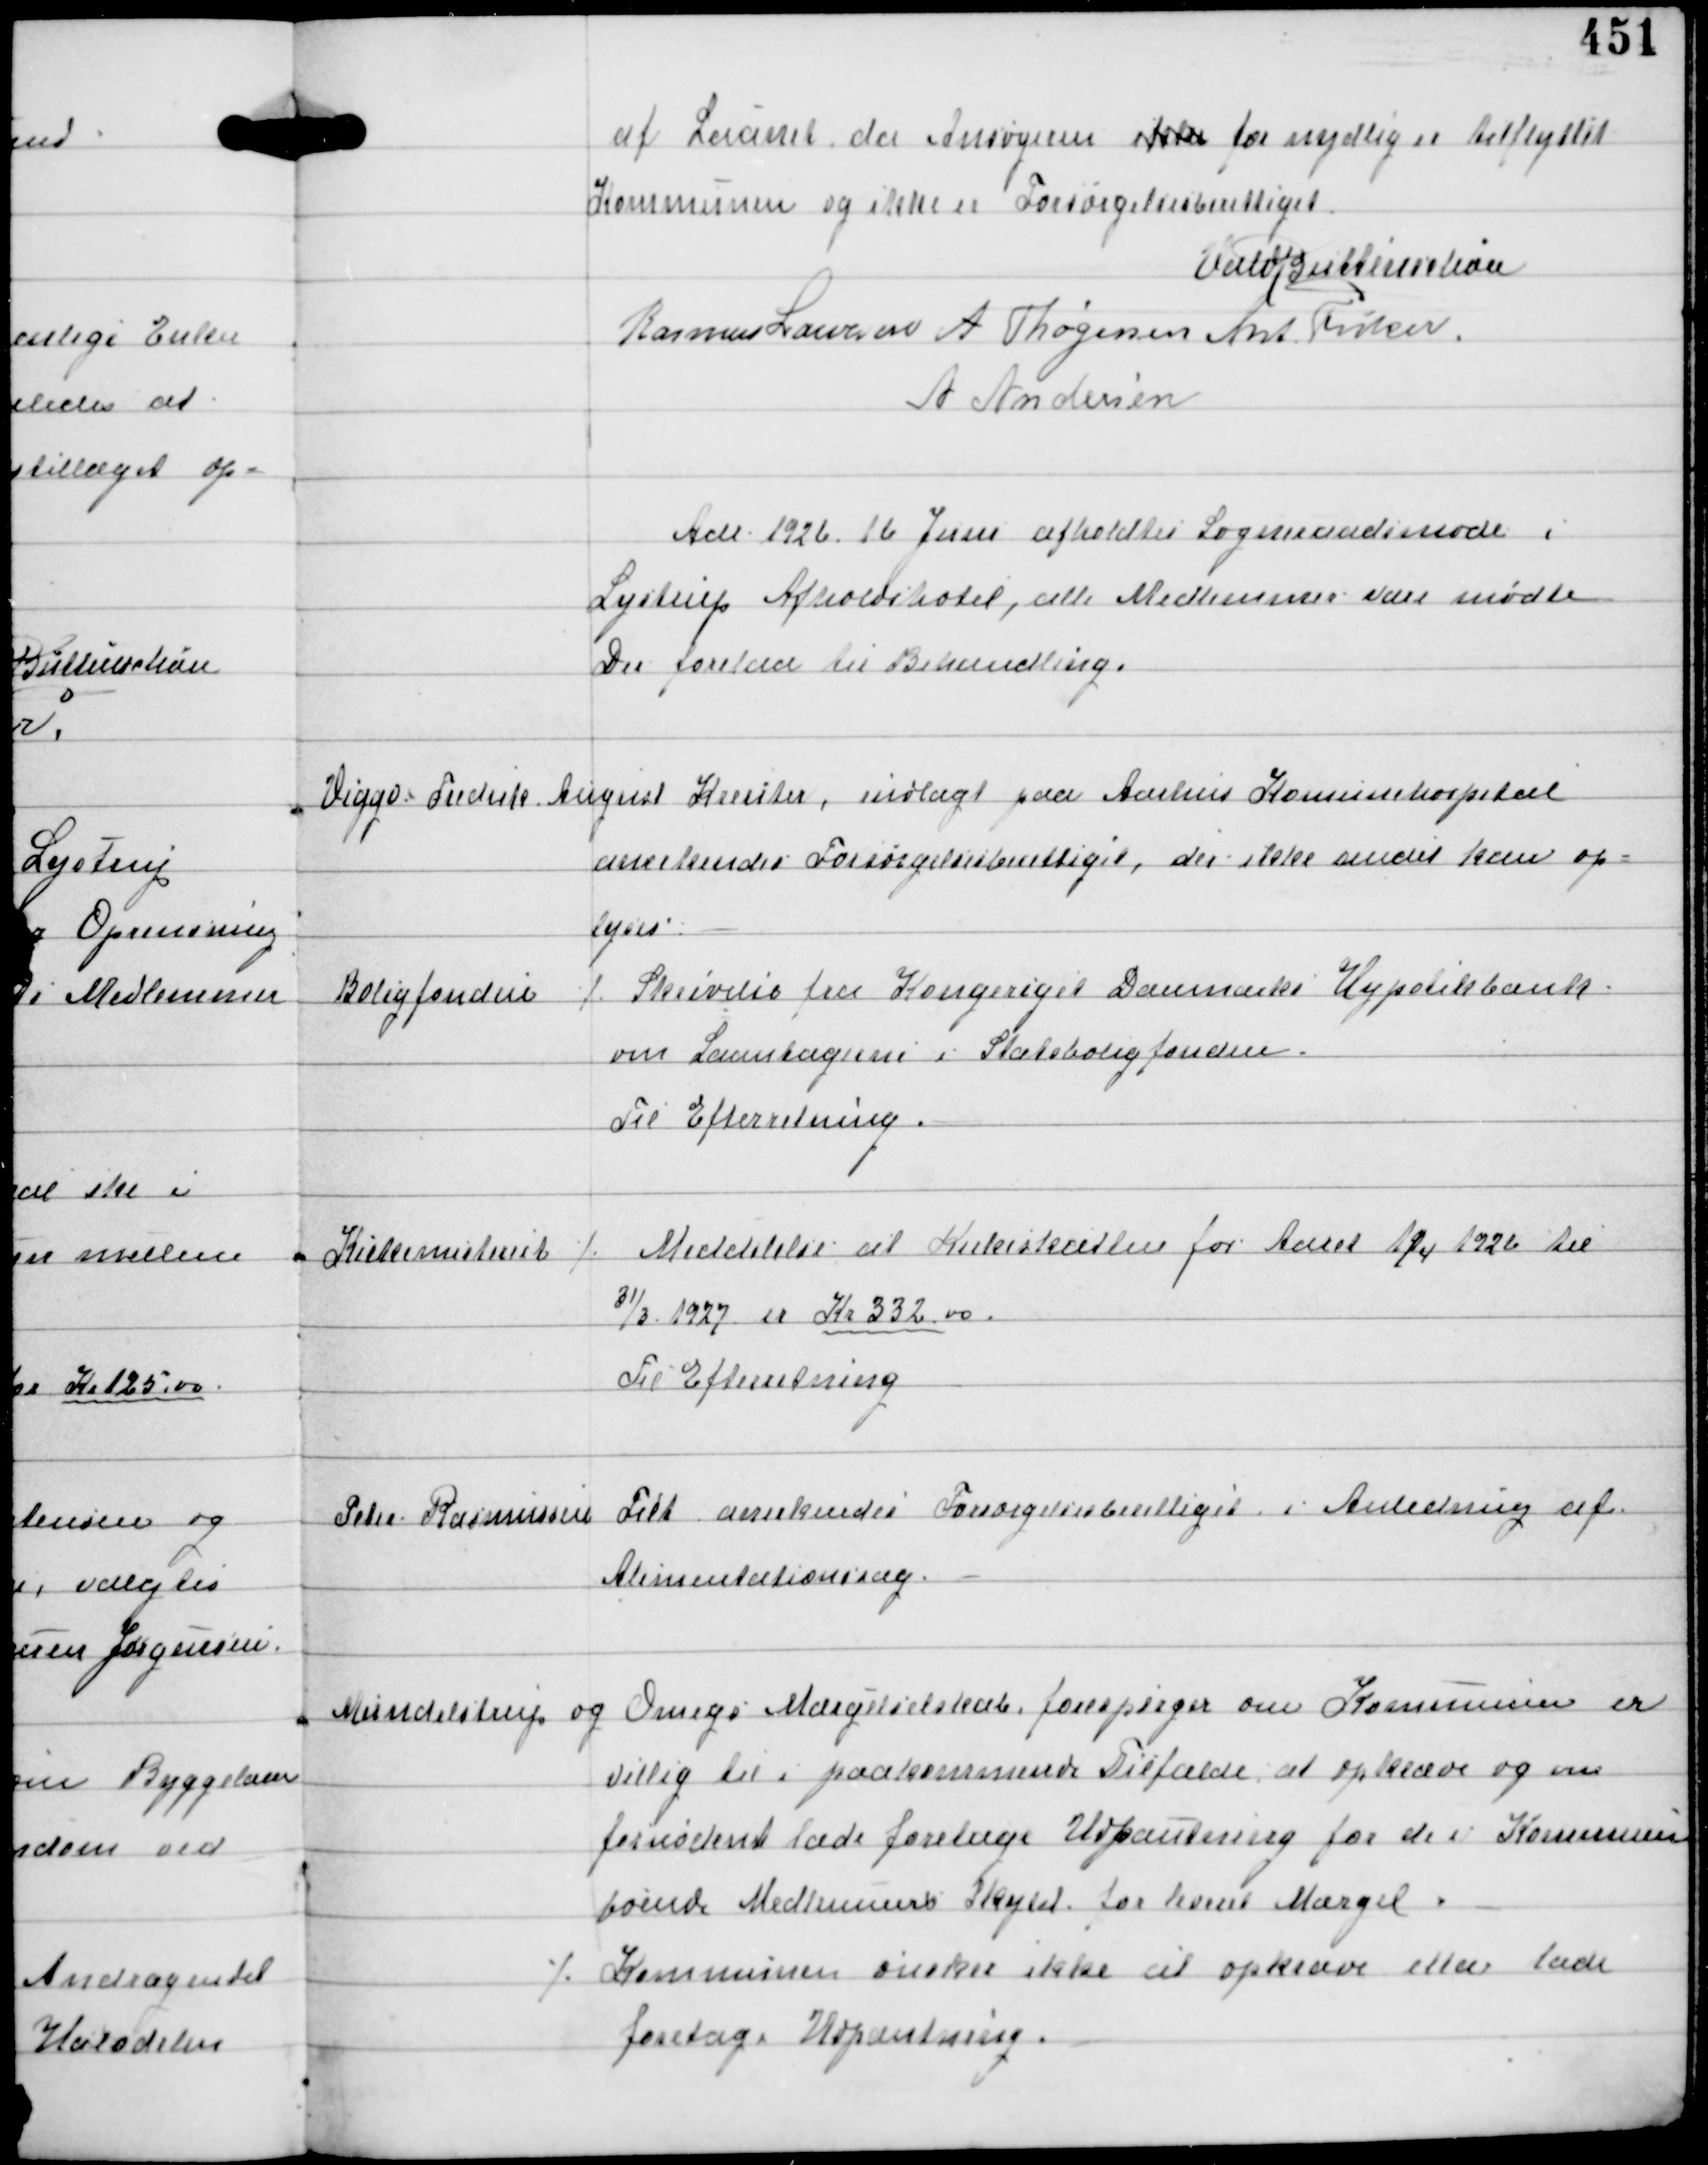
Transskription:
af Laanet da Ansøgeren ikke for nylig er tilflyttet
Kommunen og ikke er Forsørgelsesberettiget.

Vald Buttenschøn
Rasmus Laursen A Thøgersen Ant Fisker
A Andersen

Aar 1926 16 Juni afholdtes Sogneraadsmøde i
Lystrup Afholdshotel, alle Medlemmer vare mødte
Der forelaa til Behandling.

Viggo Fredrik August Kreuter, indlagt paa Aarhus Komunehospital
anerkendes Forsørgelsesberettiget, der ikke andet kan op-
lyses.

Boligfonden

⁒ Skrivelse fra Kongeriget Danmarks Hypoteksbank
om Laantagerne i Statsboligfonden.
Til Efterretning.

Kirkeministeriet

⁒ Meddelelse at Kirkeskatten for Aaret fra 1926 til
31/3 1927 er Kr 332,00
Til Efterretning

Peter Rasmussen

Pilt anerkendes Forsørgelsesberettiget i Anledning af
Alimentationssag.

Mundelstrup og Omegns Mærgelselskab forespørger om Kommunen er
villig til i paakommende Tilfælde at opkræve og om
fornødent lade foretage Udpantning for de i Kommunen
boende Medlemmers Skyld for leveret Mærgel.
⁒ Kommunen ønsker ikke at opkræve eller lade
foretage Udpantning.